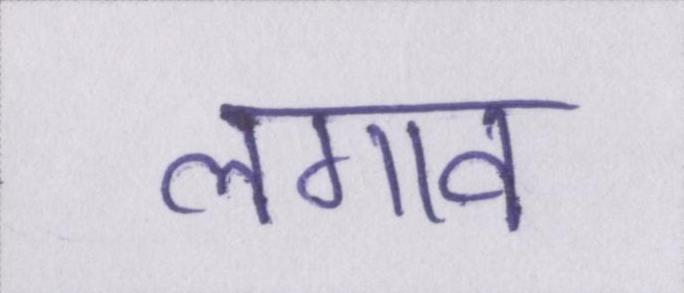
लगाव